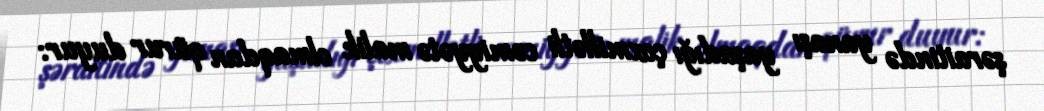
şəraitində yanaşı yaşadığı çoxmillətli cəmiyyətə malik olmaqdan qürur duyur: